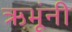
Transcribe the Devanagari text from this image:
ऋभूंनी